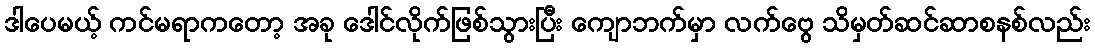
ဒါပေမယ့် ကင်မရာကတော့ အခု ဒေါင်လိုက်ဖြစ်သွားပြီး ကျောဘက်မှာ လက်ဗွေ သိမှတ်ဆင်ဆာစနစ်လည်း